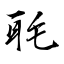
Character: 毦